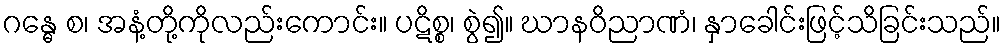
ဂန္ဓေ စ၊ အနံ့တို့ကိုလည်းကောင်း။ ပဋိစ္စ၊ စွဲ၍။ ဃာနဝိညာဏံ၊ နှာခေါင်းဖြင့်သိခြင်းသည်။